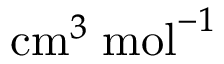
\mathrm { c m } ^ { 3 } \; \mathrm { m o l } ^ { - 1 }